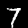
Digit: 7